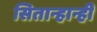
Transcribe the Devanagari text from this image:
सितान्हान्ही